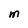
Character: M